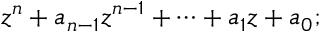
z ^ { n } + a _ { n - 1 } z ^ { n - 1 } + \cdots + a _ { 1 } z + a _ { 0 } ;